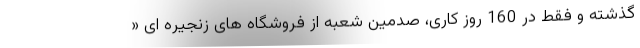
گذشته و فقط در 160 روز کاری، صدمین شعبه از فروشگاه های زنجیره ای «